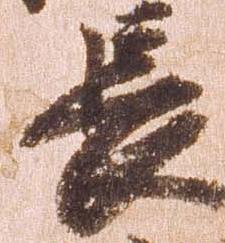
長